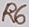
Text: R6